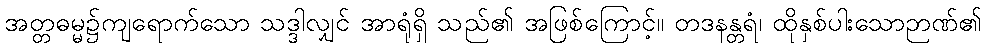
အတ္တဓမ္မ၌ကျရောက်သော သဒ္ဒါလျှင် အာရုံရှိ သည်၏ အဖြစ်ကြောင့်။ တဒနန္တရံ၊ ထိုနှစ်ပါးသောဉာဏ်၏